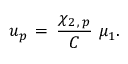
u _ { p } \, = \, { \frac { \chi _ { 2 \, , \, p } } { C } } \, \, \mu _ { 1 } .